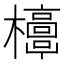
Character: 𣠐